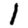
Digit: 1